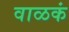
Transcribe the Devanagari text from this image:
वाळकं